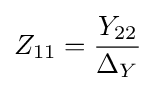
Z_{11}={Y_{22} \over \Delta _{Y}}